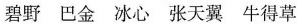
碧野 巴金 冰心 张天翼 牛得草